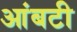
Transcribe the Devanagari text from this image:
आंबटी